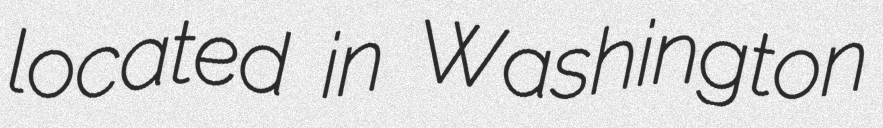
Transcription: located in Washington